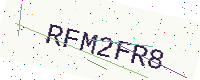
Text: RFM2FR8